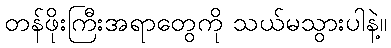
တန်ဖိုးကြီးအရာတွေကို သယ်မသွားပါနဲ့။